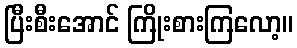
ပြီးစီးအောင် ကြိုးစားကြလော့။